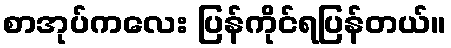
စာအုပ်ကလေး ပြန်ကိုင်ရပြန်တယ်။